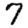
Digit: 7